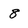
Character: 8